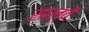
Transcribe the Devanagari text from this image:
साल्वें